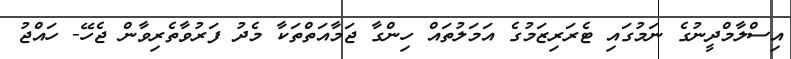
އިސްލާމްދީނުގެ ނަމުގައި ޓެރަރިޒަމުގެ އަމަލުތައް ހިންގާ ޖަމާއަތްތަކާ މެދު ފަރުވާތެރިވާން ޖެހޭ- ހައްޖު